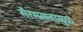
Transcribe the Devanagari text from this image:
गैरसमजामुळं